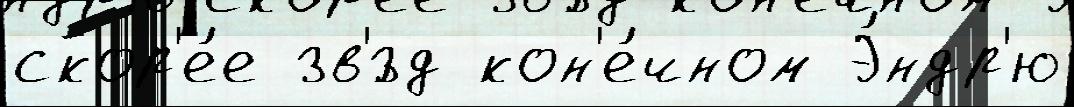
скор'е́е зв'́зд кон'е́чном Э́ндр'ю